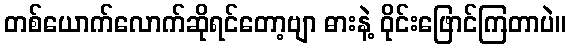
တစ်ယောက်လောက်ဆိုရင်တော့ဗျာ ဓားနဲ့ ဝိုင်းဖြောင်ကြတာပဲ။